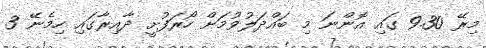
މިރޭ 9.30 ގައި އޮންނަ މި ބައްދަލުވުމަށް ހޯރަފުށީ ދާއިރާގައި ހިމެނޭ 3